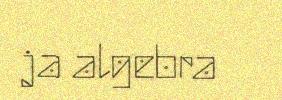
ja algebra